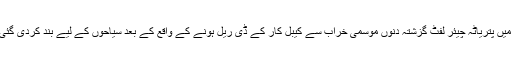
مری میں پتریاٹہ چیئر لفٹ گزشتہ دنوں موسمی خراب سے کیبل کار کے ڈی ریل ہونے کے واقع کے بعد سیاحوں کے لیے بند کردی گئی تھی۔